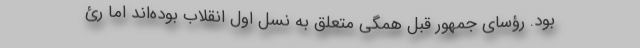
بود. رؤسای جمهور قبل همگی متعلق به نسل اول انقلاب بوده‌اند اما رئ